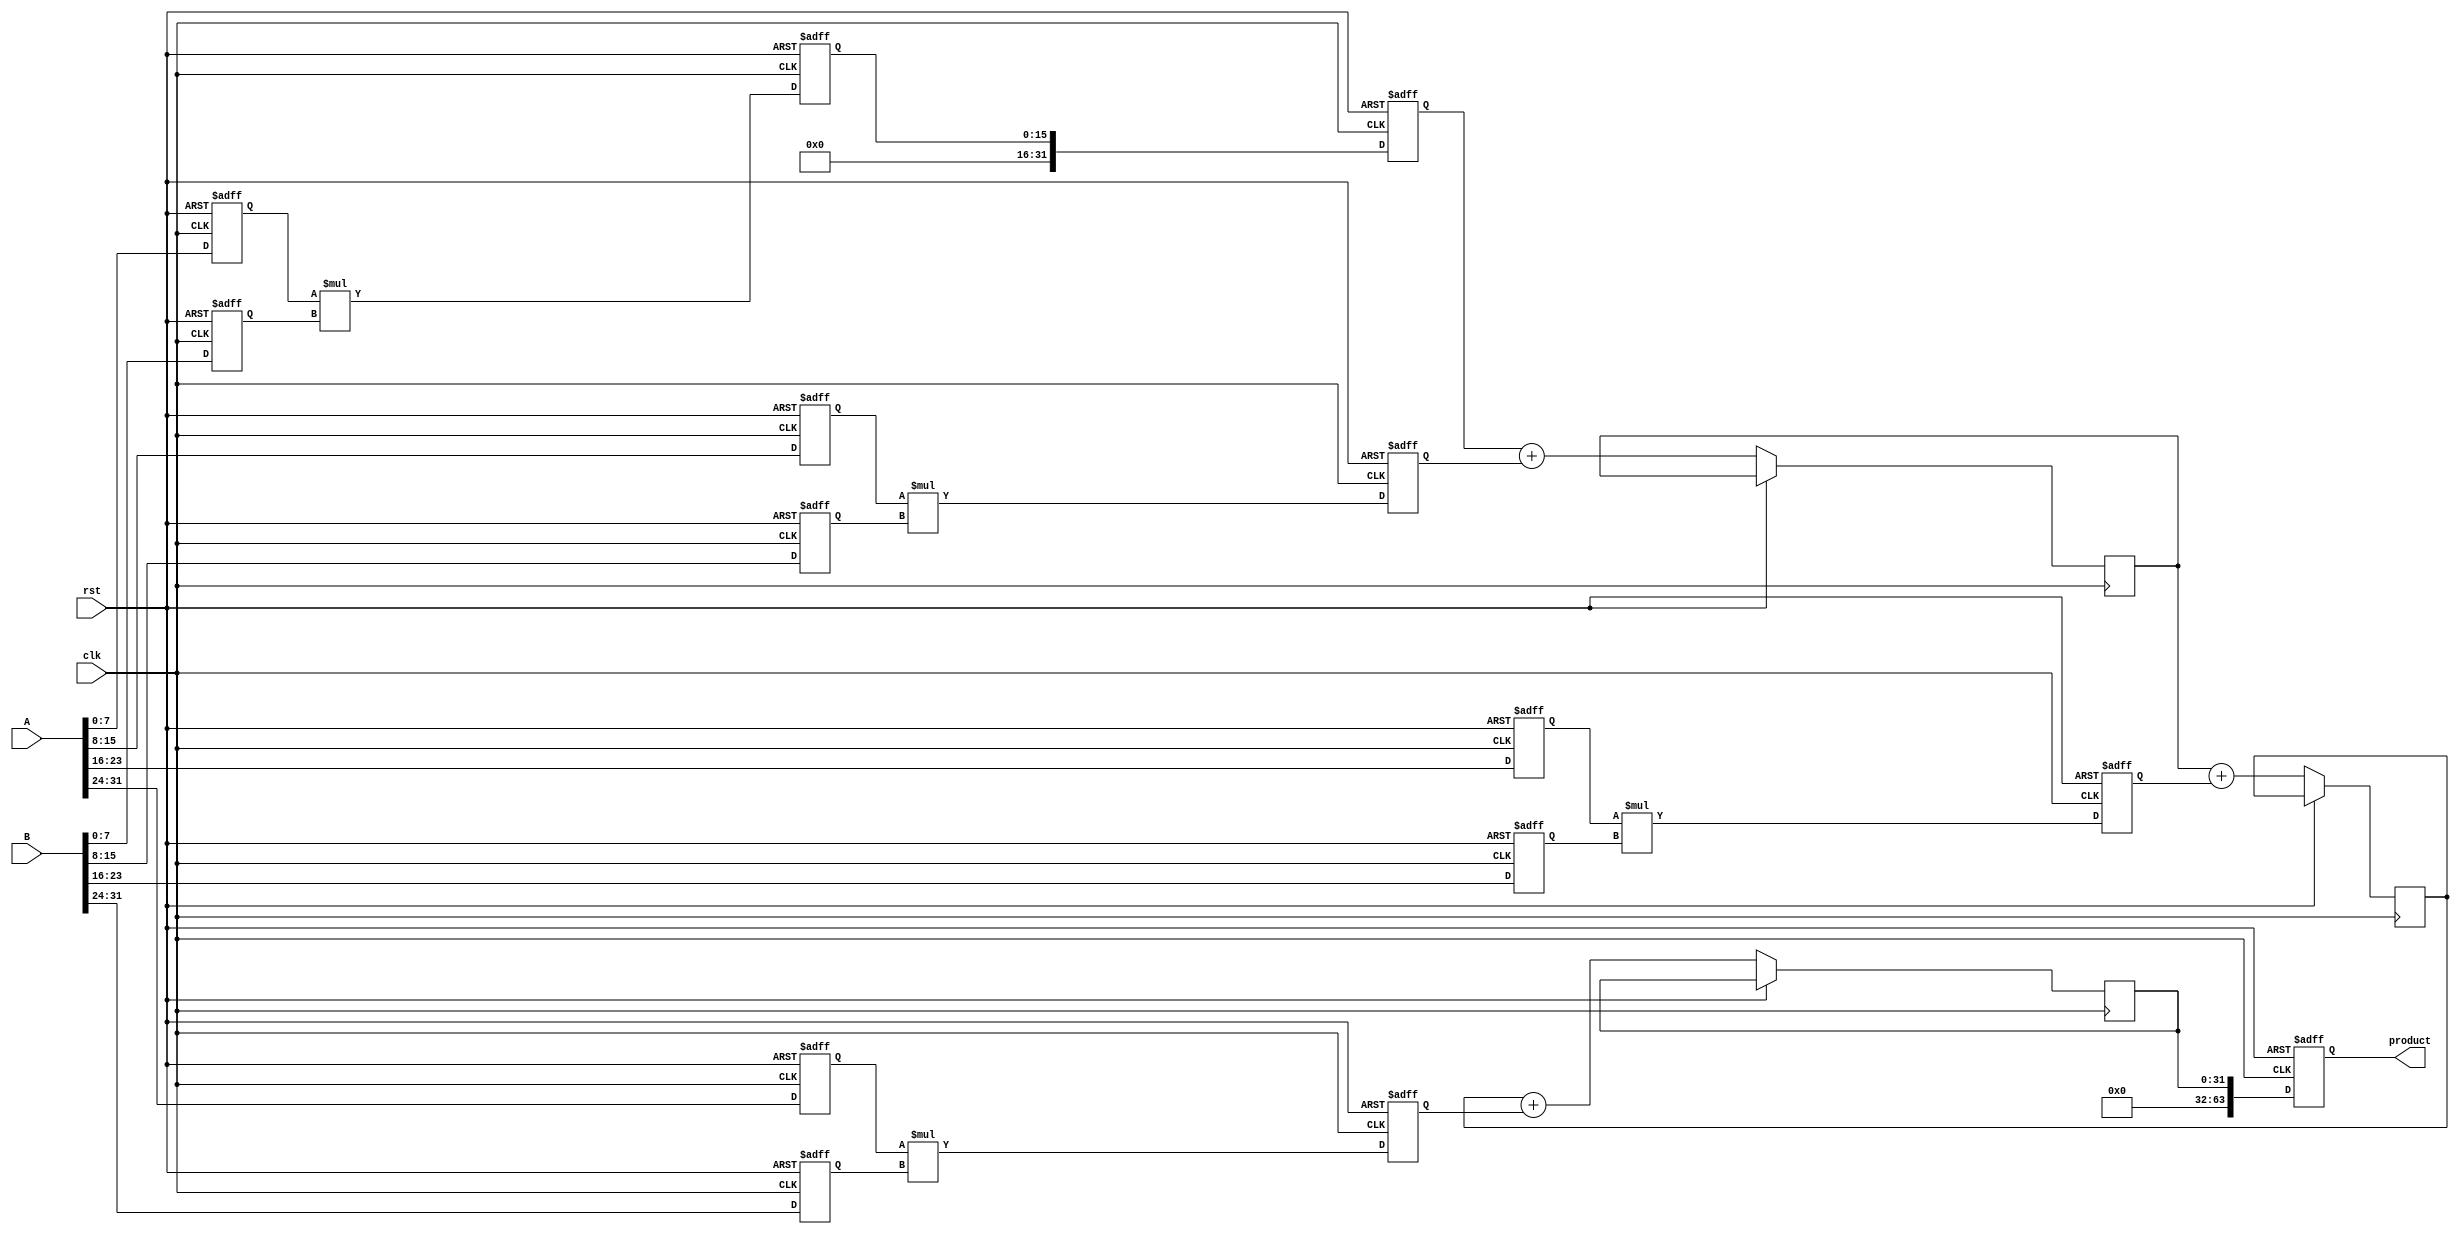
module pipelined_sliced_multiplier #(parameter N = 32, M = 4)(
    input clk,
    input rst,
    input [N-1:0] A,
    input [N-1:0] B,
    output reg [2*N-1:0] product
);

    localparam SLICEWIDTH = N / M;

    // Registers to hold the sliced operands and results
    reg [SLICEWIDTH-1:0] A_slices[M-1:0];
    reg [SLICEWIDTH-1:0] B_slices[M-1:0];
    reg [2*SLICEWIDTH-1:0] partial_products[M-1:0];
    
    // Pipeline registers
    reg [2*SLICEWIDTH-1:0] pp_reg [M-1:0];
    reg [N-1:0] sum_reg [M:0];
    
    // Control Logic
    integer i;
    
    // Slicing A and B into M segments
    always @(posedge clk or posedge rst) begin
        if (rst) begin
            for (i = 0; i < M; i = i + 1) begin
                A_slices[i] <= 0;
                B_slices[i] <= 0;
                partial_products[i] <= 0;
                pp_reg[i] <= 0;
            end
            product <= 0;
            sum_reg[0] <= 0;
        end else begin
            // Slice the inputs
            for (i = 0; i < M; i = i + 1) begin
                A_slices[i] <= A[i*SLICEWIDTH +: SLICEWIDTH];
                B_slices[i] <= B[i*SLICEWIDTH +: SLICEWIDTH];
            end
            
            // Slice multiplication and pipeline stage 1
            for (i = 0; i < M; i = i + 1) begin
                pp_reg[i] <= A_slices[i] * B_slices[i];
            end
            
            // Pipeline stage 2: accumulate partial products
            sum_reg[0] <= pp_reg[0];
            for (i = 1; i < M; i = i + 1) begin
                sum_reg[i] <= sum_reg[i-1] + pp_reg[i];
            end
            
            // Final stage: Output the product
            product <= sum_reg[M-1];
        end
    end
endmodule